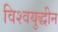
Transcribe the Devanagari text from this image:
विश्वयुद्धीन